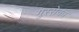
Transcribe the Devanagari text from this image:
गुस्सेका